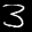
Label: 3